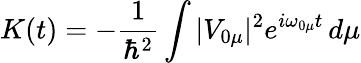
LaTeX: K(t)=-\frac{1}{\hbar^{2}}\int|V_{0\mu}|^{2}e^{i\omega_{0\mu}t}\, d\mu